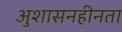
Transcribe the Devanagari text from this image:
अुशासनहीनता